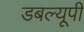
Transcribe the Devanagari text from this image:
डबल्यूपी